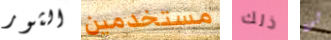
الثور مستخدمين ذلك لن